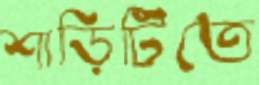
শাড়িটিতে